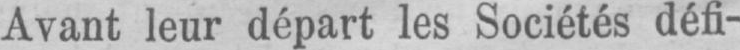
Avant leur départ les Sociétés défi-